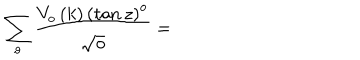
\sum _ { o } \frac { V _ { o } \left( k \right) \left( \tan z \right) ^ { o } } { \sqrt { o } } =